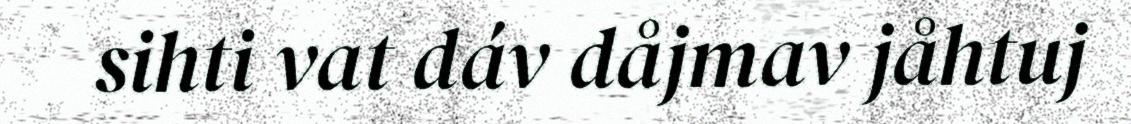
sihti vat dáv dåjmav jåhtuj